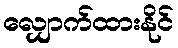
လျှောက်ထားနိုင်